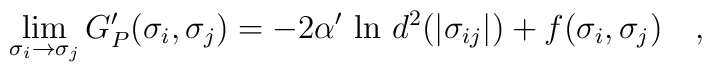
\lim_{\sigma_i \to \sigma_j}G^{\prime}_P (\sigma_i , \sigma_j ) = - 2 \alpha^{\prime} ~ {\rm ln} ~d^2 (|\sigma_{ij}|)   + f(\sigma_i, \sigma_j) \quad ,